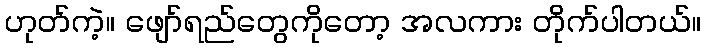
ဟုတ်ကဲ့။ ဖျော်ရည်တွေကိုတော့ အလကား တိုက်ပါတယ်။